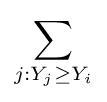
\sum _{j:Y_{j}\geq Y_{i}}